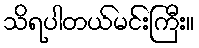
သိရပါတယ်မင်းကြီး။